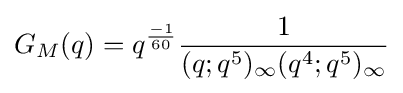
G_{M}(q)=q^{\frac {-1}{60}}{\frac {1}{(q;q^{5})_{\infty }(q^{4};q^{5})_{\infty }}}